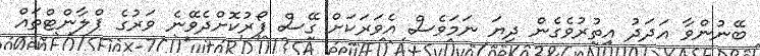
ބޭނުންވާ އަދަދު އިތުރުވެގެން ދިޔަ ނަމަވެސް އެވަރަކަށް ގޭސް ފޯރުކޮށްދެވޭނެ ވަރުގެ ޕްލާންޓްތައް